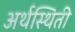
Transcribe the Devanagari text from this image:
अर्थस्थिती